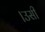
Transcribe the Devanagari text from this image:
।उसी